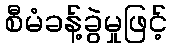
စီမံခန့်ခွဲမှုဖြင့်